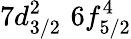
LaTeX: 7d_{3/2}^{2}\, \, 6f_{5/2}^{4}